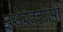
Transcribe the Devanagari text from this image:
अथेरेक्टोमी